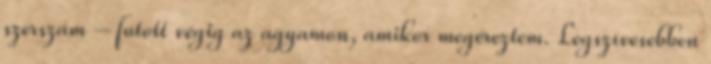
szerszám – futott végig az agyamon, amikor megéreztem. Legszívesebben